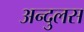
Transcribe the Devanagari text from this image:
अन्दुलस